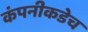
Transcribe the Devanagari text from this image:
कंपनीकडेच